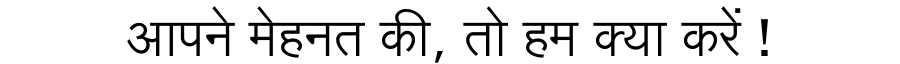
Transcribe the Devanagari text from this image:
आपने मेहनत की, तो हम क्या करें !